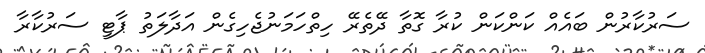
ސަރުކާރުން ބައެއް ކަންކަން ކުރާ ގޮތާ ދޭތެރޭ ހިތްހަމަނުޖެހިގެން އަދާލަތު ޕާޓީ ސަރުކާރާ